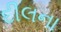
દીલના